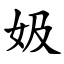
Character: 㚫